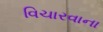
વિચારવાના